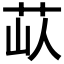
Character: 𦭗